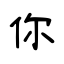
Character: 你